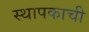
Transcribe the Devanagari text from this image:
स्थापकाची